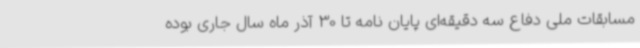
مسابقات ملی دفاع سه دقیقه‌ای پایان نامه تا 30 آذر ماه سال جاری بوده